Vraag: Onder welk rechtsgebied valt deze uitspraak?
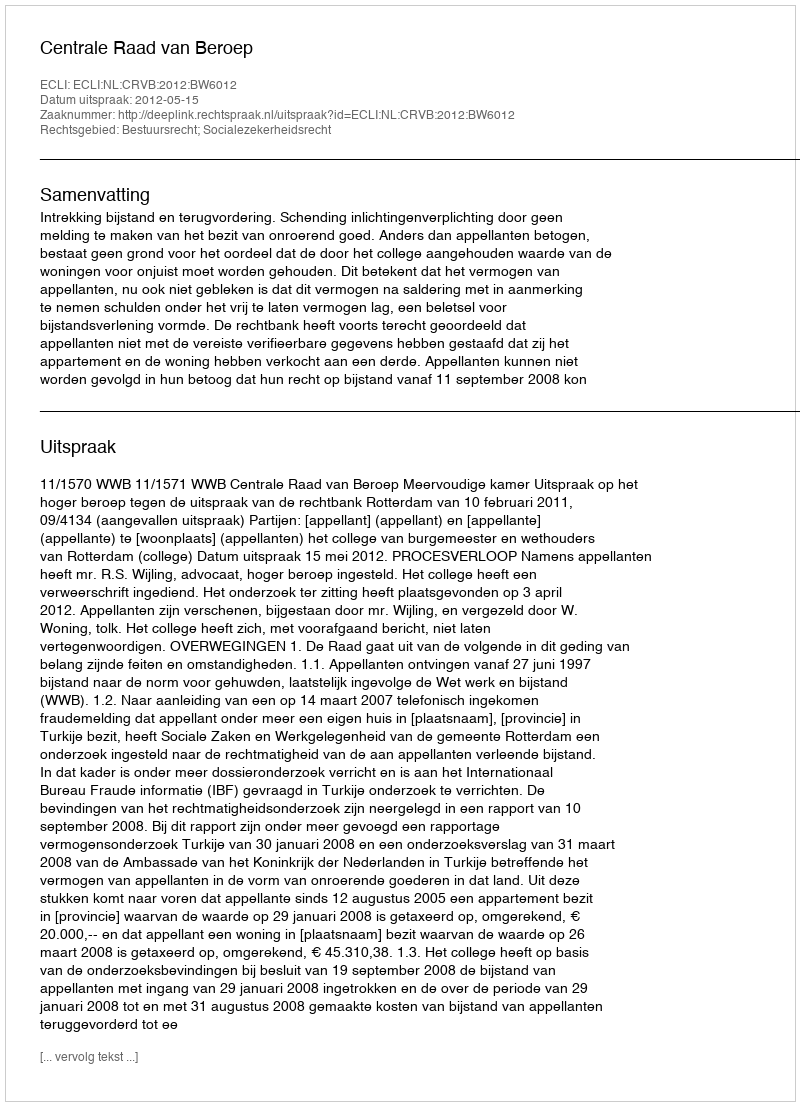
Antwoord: Bestuursrecht; Socialezekerheidsrecht